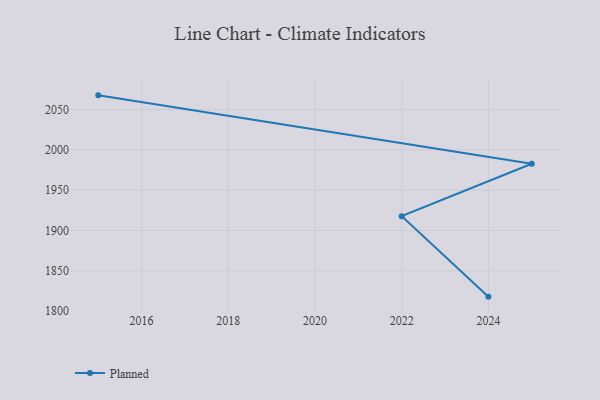
{"axis": {"x": "Year", "y": "Backlog"}, "legend": ["Planned"], "data": [{"x": "2024", "y": 1818.0, "type": "Planned"}, {"x": "2022", "y": 1917.8, "type": "Planned"}, {"x": "2025", "y": 1982.7, "type": "Planned"}, {"x": "2015", "y": 2067.5, "type": "Planned"}]}